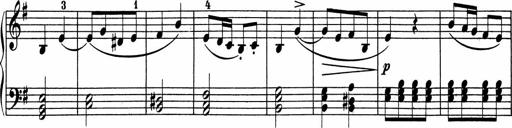
Title: 5 Sonatinen fÃ¼r die Jugend
Composer: Carl Reinecke